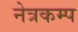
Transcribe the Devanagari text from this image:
नेत्रकम्प